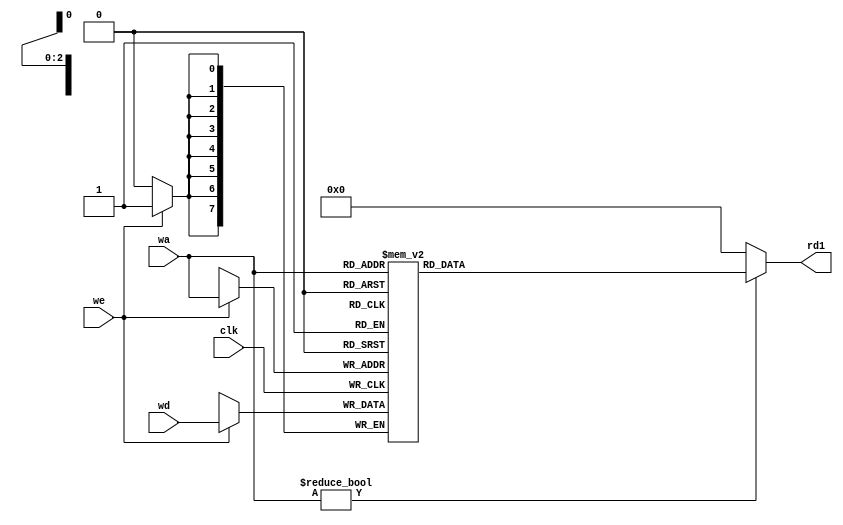
module regfile (input clk, input we,
input [2:0] wa,
input [7:0] wd,
output [7:0] rd1);
reg [7:0] rf[7:0];
// three ported register file
// read two ports combinationally
// write third port on rising edge of clock
// register 0 hardwired to 0
always @ (posedge clk)
if (we) rf[wa] <= wd;
assign rd1 = (wa != 0) ? rf[wa] : 0; //register file used as 0
endmodule